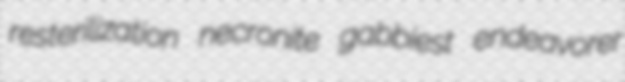
resterilization necronite gabbiest endeavorer